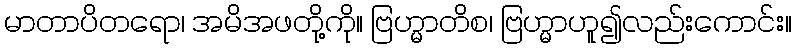
မာတာပိတရော၊ အမိအဖတို့ကို။ ဗြဟ္မာတိစ၊ ဗြဟ္မာဟူ၍လည်းကောင်း။